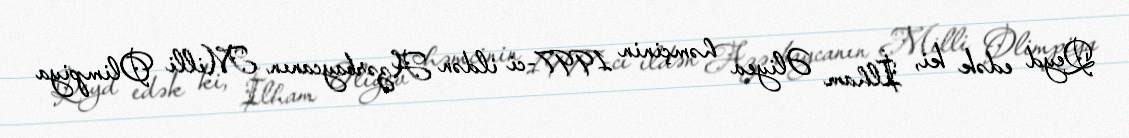
Qeyd edək ki, İlham Əliyev həmçinin 1997-ci ildən Azərbaycanın Milli Olimpiya